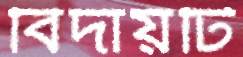
বিদায়টি